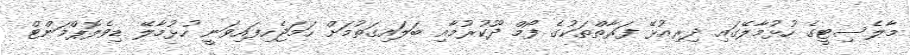
މާލެސިޓީގެ ހުޅުމާލޭގައި ދިރިއުޅޭ ފަރާތްތަކުގެ ފޯމް ދޫކުރުމާއި ބަލައިގަތުމަށް ހަމަޖެހިފައިވަނީ ހުޅުމާލޭ ޑިވެލޮޕްމަންޓް